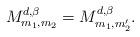
LaTeX: \begin{align*}M_{m_{1},m_{2}}^{ d,\beta}=M_{m_{1},m_{2}'}^{ d,\beta}.\end{align*}